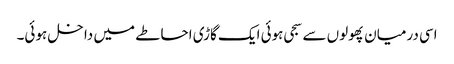
اسی درمیان پھولوں سے سجی ہوئی ایک گاڑی احاطے میں داخل ہوئی۔